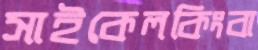
সাইকেলকিংবা